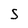
Character: 5